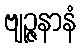
ဗျဉ္ဇနာနံ